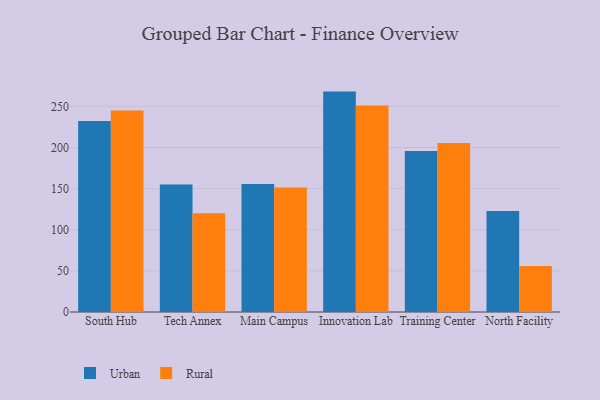
{"axis": {"x": "Campus", "y": "Headcount"}, "legend": ["Rural", "Urban"], "data": [{"x": "South Hub", "y": 232.2, "type": "Urban"}, {"x": "South Hub", "y": 245.0, "type": "Rural"}, {"x": "Tech Annex", "y": 155.1, "type": "Urban"}, {"x": "Tech Annex", "y": 120.0, "type": "Rural"}, {"x": "Main Campus", "y": 155.6, "type": "Urban"}, {"x": "Main Campus", "y": 151.5, "type": "Rural"}, {"x": "Innovation Lab", "y": 268.0, "type": "Urban"}, {"x": "Innovation Lab", "y": 251.2, "type": "Rural"}, {"x": "Training Center", "y": 195.9, "type": "Urban"}, {"x": "Training Center", "y": 205.5, "type": "Rural"}, {"x": "North Facility", "y": 122.8, "type": "Urban"}, {"x": "North Facility", "y": 55.8, "type": "Rural"}]}